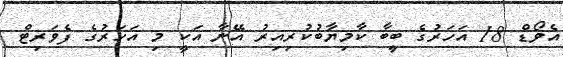
އެވޯޑް 18 އަހަރުގެ ބީބާ ކާމިޔާބުކުރިއިރު އޭނާ އަކީ މި އަހަރުގެ ފެވަރިޓް